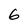
Character: 6